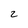
Character: 2